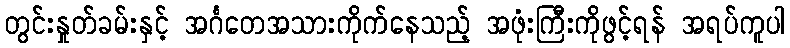
တွင်းနှုတ်ခမ်းနှင့် အင်္ဂတေအသားကိုက်နေသည့် အဖုံးကြီးကိုဖွင့်ရန် အရပ်ကူပါ